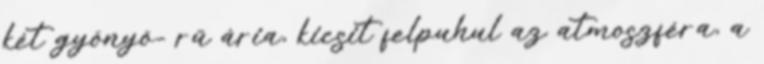
két gyönyö- rű ária, kicsit felpuhul az atmoszféra, a